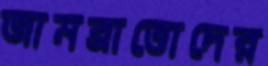
জামব্রাত্তোদের